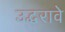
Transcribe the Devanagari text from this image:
उद्धरावे